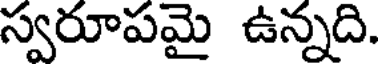
స్వరూపమై ఉన్నది.